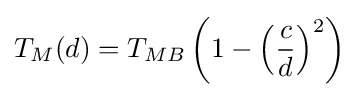
T_{M}(d)=T_{MB}\left(1-\left({\frac {c}{d}}\right)^{2}\right)